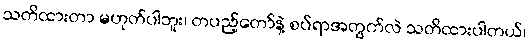
သတိထားတာ မဟုတ်ပါဘူး၊ တပည့်တော်နဲ့ စပ်ရာအတွက်လဲ သတိထားပါတယ်၊